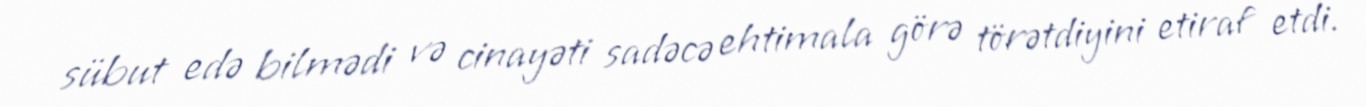
sübut edə bilmədi və cinayəti sadəcə ehtimala görə törətdiyini etiraf etdi.